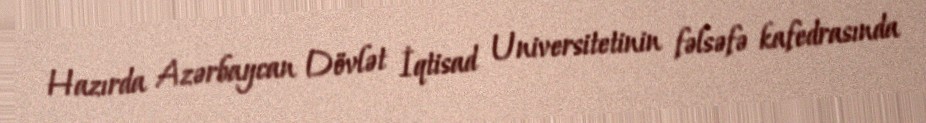
Hazırda Azərbaycan Dövlət İqtisad Universitetinin fəlsəfə kafedrasında